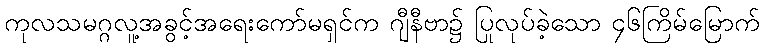
ကုလသမဂ္ဂလူ့အခွင့်အရေးကော်မရှင်က ဂျီနီဗာ၌ ပြုလုပ်ခဲ့သော ၄၆ကြိမ်မြောက်